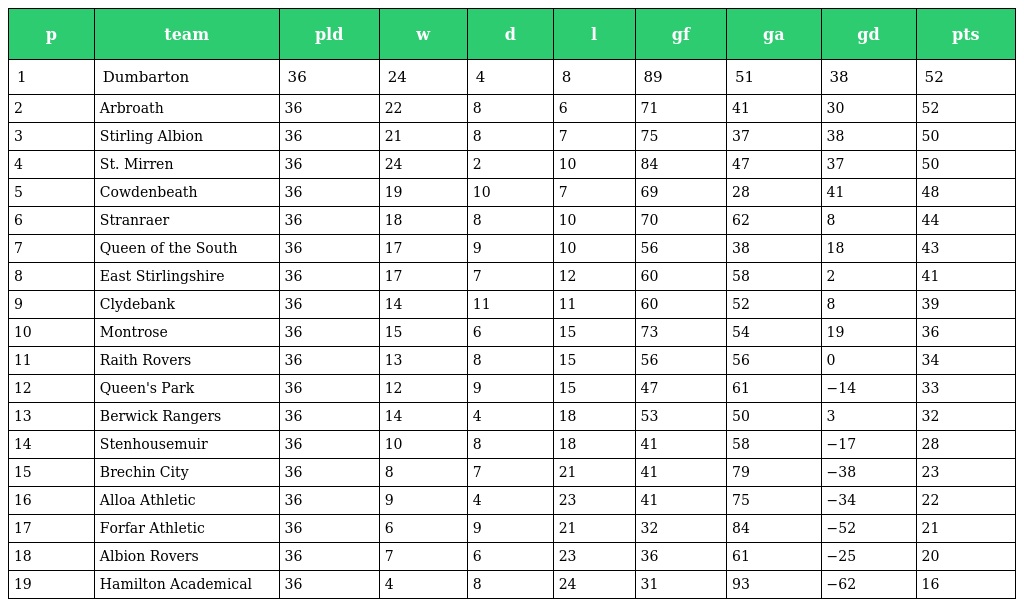
| p | team | pld | w | d | l | gf | ga | gd | pts |
 | --- | --- | --- | --- | --- | --- | --- | --- | --- | --- |
 | 1 | Dumbarton | 36 | 24 | 4 | 8 | 89 | 51 | 38 | 52 |
 | 2 | Arbroath | 36 | 22 | 8 | 6 | 71 | 41 | 30 | 52 |
 | 3 | Stirling Albion | 36 | 21 | 8 | 7 | 75 | 37 | 38 | 50 |
 | 4 | St. Mirren | 36 | 24 | 2 | 10 | 84 | 47 | 37 | 50 |
 | 5 | Cowdenbeath | 36 | 19 | 10 | 7 | 69 | 28 | 41 | 48 |
 | 6 | Stranraer | 36 | 18 | 8 | 10 | 70 | 62 | 8 | 44 |
 | 7 | Queen of the South | 36 | 17 | 9 | 10 | 56 | 38 | 18 | 43 |
 | 8 | East Stirlingshire | 36 | 17 | 7 | 12 | 60 | 58 | 2 | 41 |
 | 9 | Clydebank | 36 | 14 | 11 | 11 | 60 | 52 | 8 | 39 |
 | 10 | Montrose | 36 | 15 | 6 | 15 | 73 | 54 | 19 | 36 |
 | 11 | Raith Rovers | 36 | 13 | 8 | 15 | 56 | 56 | 0 | 34 |
 | 12 | Queen's Park | 36 | 12 | 9 | 15 | 47 | 61 | −14 | 33 |
 | 13 | Berwick Rangers | 36 | 14 | 4 | 18 | 53 | 50 | 3 | 32 |
 | 14 | Stenhousemuir | 36 | 10 | 8 | 18 | 41 | 58 | −17 | 28 |
 | 15 | Brechin City | 36 | 8 | 7 | 21 | 41 | 79 | −38 | 23 |
 | 16 | Alloa Athletic | 36 | 9 | 4 | 23 | 41 | 75 | −34 | 22 |
 | 17 | Forfar Athletic | 36 | 6 | 9 | 21 | 32 | 84 | −52 | 21 |
 | 18 | Albion Rovers | 36 | 7 | 6 | 23 | 36 | 61 | −25 | 20 |
 | 19 | Hamilton Academical | 36 | 4 | 8 | 24 | 31 | 93 | −62 | 16 |